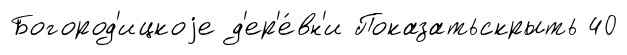
Богород'ицкоjе д'ер'е́вн'и Показатьскрыть 40